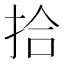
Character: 拾